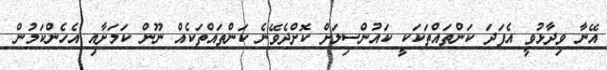
އޭނާ ވިދާޅުވީ އެފަދަ ކަންތައްތަކަކީ ކައުންސިލަށް ކޮށްދެވޭނެ ކަންތައްތަކެއް ނޫން ކަމަށާއި އެހެންކަމުން